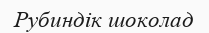
Рубиндік шоколад